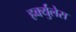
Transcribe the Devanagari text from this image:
हर्क्युलेस